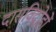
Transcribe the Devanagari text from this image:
दासविद्रोहों